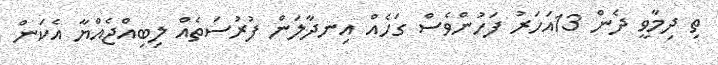
ތި ދިމާވީ ދެން 13އަހަރު ފަހުންވެސް ގަހެއް އިނދާލަން ފުރުސަތެއް ލިބިއްޖެއްޔާ އެކަން